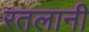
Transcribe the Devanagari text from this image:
रतलानी